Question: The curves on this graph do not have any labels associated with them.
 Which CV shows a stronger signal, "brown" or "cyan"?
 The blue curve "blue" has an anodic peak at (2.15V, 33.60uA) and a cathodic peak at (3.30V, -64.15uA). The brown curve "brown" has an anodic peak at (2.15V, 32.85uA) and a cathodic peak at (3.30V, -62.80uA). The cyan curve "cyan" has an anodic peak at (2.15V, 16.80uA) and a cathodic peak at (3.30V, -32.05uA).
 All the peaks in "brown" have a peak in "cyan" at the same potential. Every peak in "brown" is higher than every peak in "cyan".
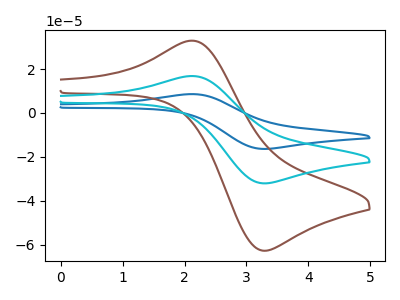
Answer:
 <answer>"brown" has more signal than "cyan".</answer>
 <eval>more_signal</eval>